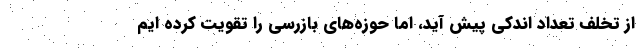
از تخلف تعداد اندکی پیش آید، اما حوزه‌های بازرسی را تقویت کرده ایم